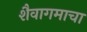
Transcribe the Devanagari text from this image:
शैवागमाचा